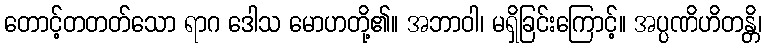
တောင့်တတတ်သော ရာဂ ဒေါသ မောဟတို့၏။ အဘာဝါ၊ မရှိခြင်းကြောင့်။ အပ္ပဏိဟိတန္တိ၊